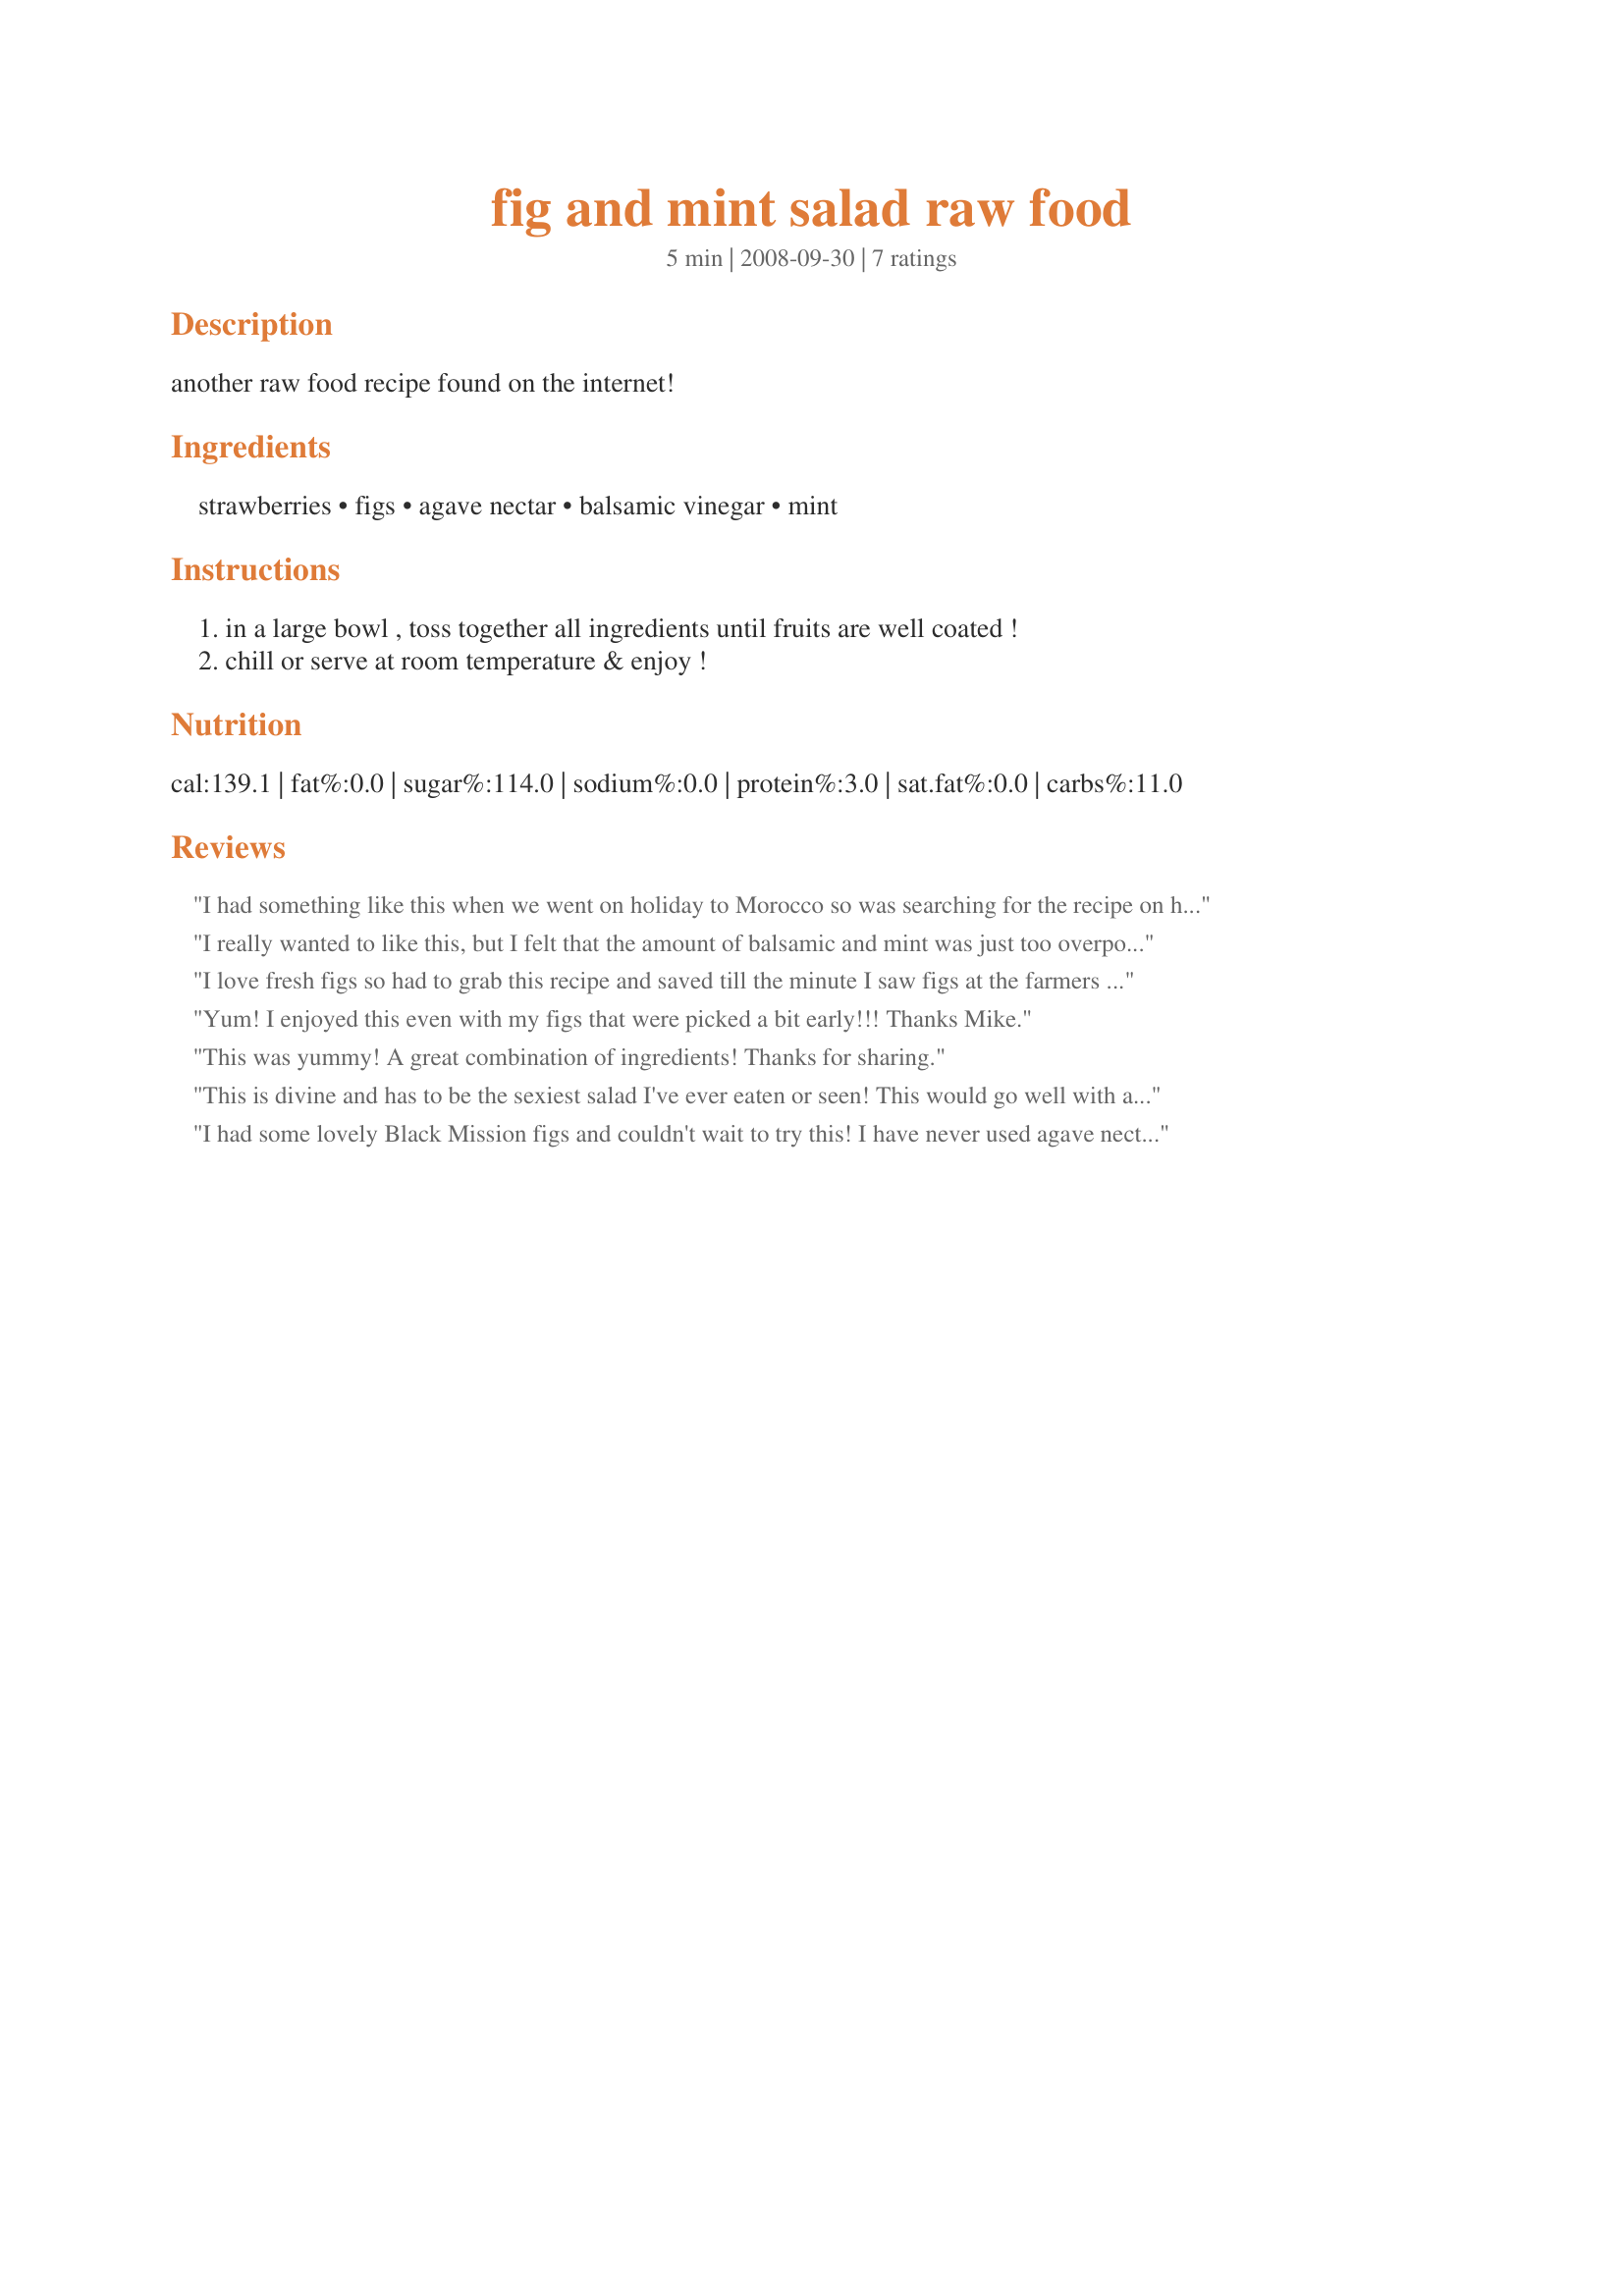
fig and mint salad raw food
Preparation time: 5 minutes

another raw food recipe found on the internet!

Ingredients:
strawberries, figs, agave nectar, balsamic vinegar, mint

Steps:
in a large bowl , toss together all ingredients until fruits are well coated !, chill or serve at room temperature & enjoy !

Reviews:
I had something like this when we went on holiday to Morocco so was searching for the recipe on here as it was delicious!

We I tried this recipe, I added less of the vinegar and instead of nectar, used honey. I didn&#039;t have any figs so it was just strawberry, honey, mint and a small amount of vinegar. It tasted deeeelicious.. Next time I would add some white chocolate on top to serve mmmmmm
I really wanted to like this, but I felt that the amount of balsamic and mint was just too overpowering for the stars of the dish, the fruit. If I make this again I will definitely either increase the amount of fruit or decrease the other two. My husband didn't care for it at all. Thank you for posting a healthy recipe, nonetheless!
I love fresh figs so had to grab this recipe and saved till the minute I saw figs at the farmers market. Made for breakfast this morning (yes I know it says salad), and was such a nice treat we almost forgot it was Monday and we had to hurry off to work. Thanks for such a great use of fresh figs.
Yum! I enjoyed this even with my figs that were picked a bit early!!! Thanks Mike.
This was yummy! A great combination of ingredients! Thanks for sharing.
This is divine and has to be the sexiest salad I've ever eaten or seen! This would go well with a romantic dinner and a glass of champagne! For now, I found it very easy to grab the ingredients in the morning, take to work, and assemble for lunch. This will probably be a summer lunch favorite! Thanks, Sydney Mike! Made for <b>Vegetarian Recipe Swap</b>.
I had some lovely Black Mission figs and couldn't wait to try this! I have never used agave nectar before and didn't realize quite how sweet it is. I made the recipe exactly as posted and would have to see that it was a tad too sweet for me. It is a lovely combination, though, so next time I will just use less agave nectar. Thanks for posting this! Made for Please Review My Recipe Tag game.
